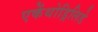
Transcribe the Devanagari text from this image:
एकेंथोड्रिलिडे